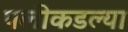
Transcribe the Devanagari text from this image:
पलीकडल्या